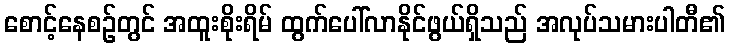
စောင့်နေစဉ်တွင် အထူးစိုးရိမ် ထွက်ပေါ်လာနိုင်ဖွယ်ရှိသည် အလုပ်သမားပါတီ၏